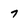
Character: 7